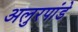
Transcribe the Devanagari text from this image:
अलुरपांडे